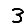
Digit: 3